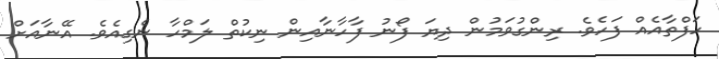
ހަފްތާއެއް ފަހެވެ. ރިންގުވަމުން ދިޔަ ފޯނު ފާހާނާއިން ނިކުތް ލަމްހާ ނެގިއެވެ. އޭނާއަށް